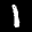
Label: 1